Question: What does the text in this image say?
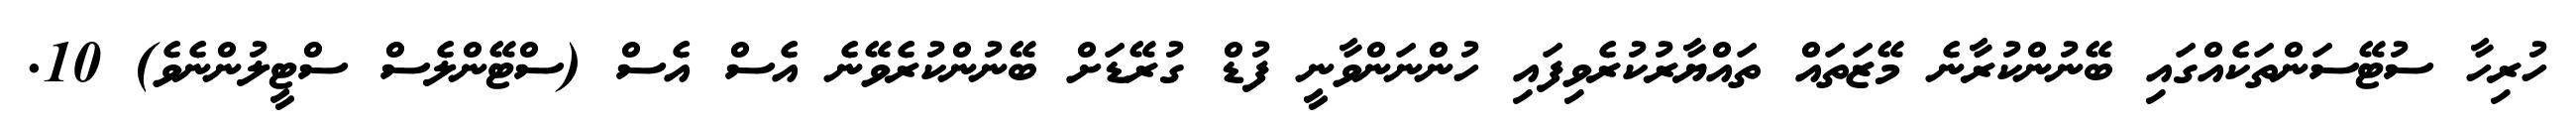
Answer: ހުރިހާ ސުޓޭސަންތަކެއްގައި ބޭނުންކުރާނެ މޭޒަތައް ތައްޔާރުކުރެވިފައި ހުންނަންވާނީ ފުޑް ގުރޭޑަށް ބޭނުންކުރެވޭނެ އެސް އެސް (ސްޓޭންލެސް ސްޓީލުންނެވެ) 10.